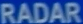
RADAR